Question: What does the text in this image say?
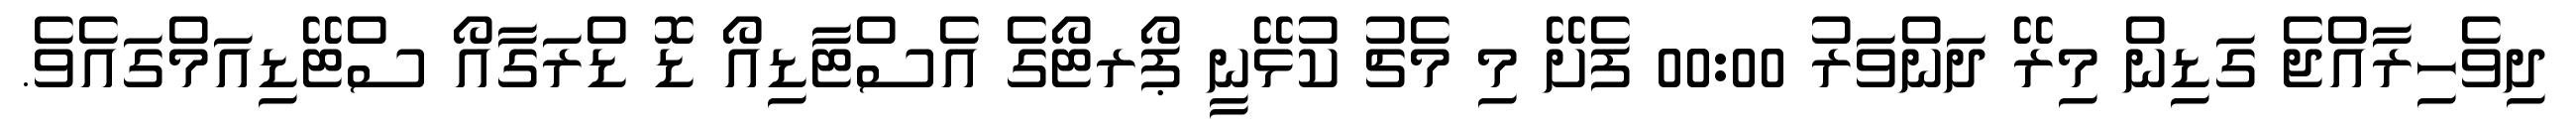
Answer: ދިވެހިރާއްޖެ ގަޑިން މިރޭ ދަންވަރު 00:00 ފެށޭ މި މެޗު ކުޅޭނީ ޕޯރޓޯގެ އެސްޓާޑިއޯ ޑޮ ޑްރަގާއޯ ސްޓޭޑިއަމްގައެވެ.